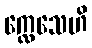
က္လေသေဟိ